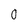
Character: 0